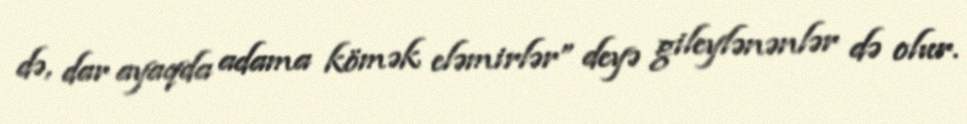
də, dar ayaqda adama kömək eləmirlər” deyə gileylənənlər də olur.